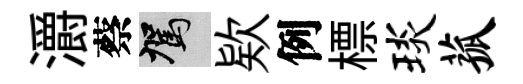
灂蔡駕欵例標琰菰